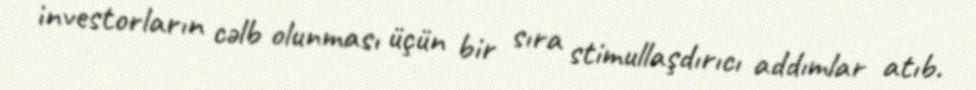
investorların cəlb olunması üçün bir sıra stimullaşdırıcı addımlar atıb.